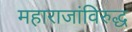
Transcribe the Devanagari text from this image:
महाराजांविरुद्ध